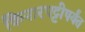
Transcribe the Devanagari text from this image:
किनारपट्टीपर्यंत